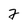
Character: 2